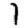
Digit: 1